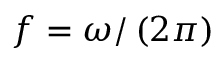
f = \omega / \left( 2 \pi \right)